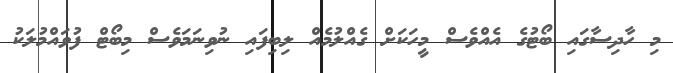
މި ހާދިސާގައި ބޯޓުގެ އެއްވެސް މީހަކަށް ގެއްލުމެއް ލިބިފައި ނުވިނަމަވެސް މިބޯޓް ފުވައްމުލަކު